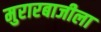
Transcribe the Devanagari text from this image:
मुरारबाजीला